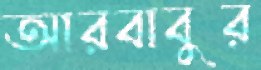
আরবাবুর